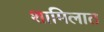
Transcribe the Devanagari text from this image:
शामिलात